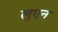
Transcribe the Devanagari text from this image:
लुएन